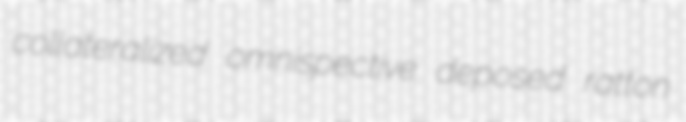
collateralized omnispective deposed ratton